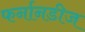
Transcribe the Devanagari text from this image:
फर्नानडीज